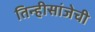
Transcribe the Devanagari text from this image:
तिन्हीसांजेची